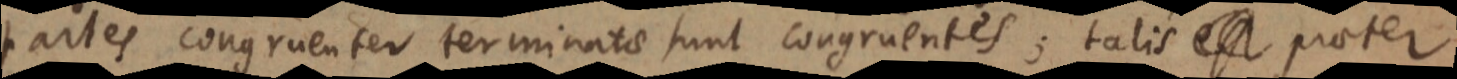
partes congruenter terminatae sunt congruentes; talis est praeter